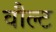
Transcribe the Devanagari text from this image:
वौल्ट